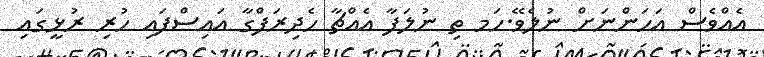
އެއްވެސް އަހަންނަށް ނުލެވޭ.ހަމ ތި ނުލަފާ އެއްޗާ ހެދިރަފްގާ އައިސްފައި ހުރި ރުޅީގައި